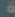
.